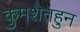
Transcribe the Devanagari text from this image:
कुमशेतहुन